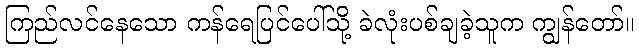
ကြည်လင်နေသော ကန်ရေပြင်ပေါ်သို့ ခဲလုံးပစ်ချခဲ့သူက ကျွန်တော်။